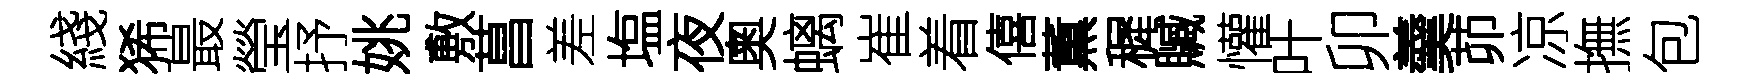
綫狶最瑩抒姚敷菖差塩夜奧螭崔着僖薫穉贓懽叶卯羹茆凉撫包